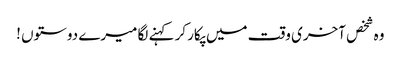
وہ شخص آخری وقت میں پکار کر کہنے لگا میرے دوستوں !